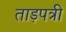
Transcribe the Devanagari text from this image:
ताड़पत्री